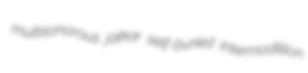
multisonorous jalkar self-buried intermodillion